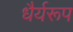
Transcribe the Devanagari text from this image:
धैर्यरूप